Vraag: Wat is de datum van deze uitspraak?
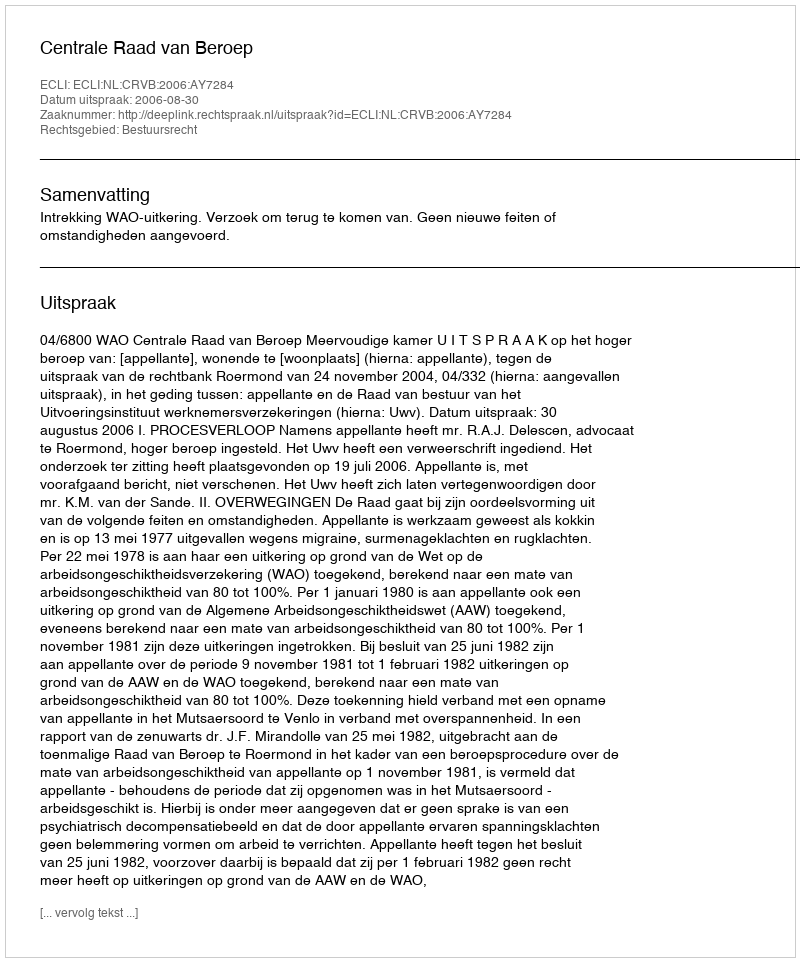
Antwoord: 2006-08-30